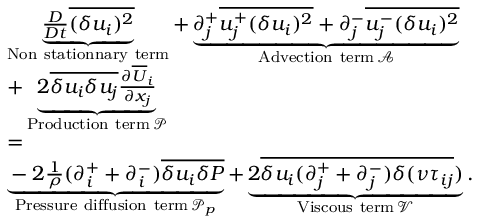
\begin{array} { r l r } & { \underbrace { \frac { D } { D t } \overline { { ( \delta u _ { i } ) ^ { 2 } } } } _ { \mathrm { N o n ~ s t a t i o n n a r y ~ t e r m } } + \underbrace { \partial _ { j } ^ { + } \overline { { u _ { j } ^ { + } ( \delta u _ { i } ) ^ { 2 } } } + \partial _ { j } ^ { - } \overline { { u _ { j } ^ { - } ( \delta u _ { i } ) ^ { 2 } } } } _ { \mathrm { A d v e c t i o n ~ t e r m } \, \mathcal { A } } } & \\ & { + \underbrace { 2 \overline { { \delta u _ { i } \delta u _ { j } } } \frac { \partial \overline { { U } } _ { i } } { \partial x _ { j } } } _ { \mathrm { P r o d u c t i o n ~ t e r m } \, \mathcal { P } } } & \\ & { = } & \\ & { \underbrace { - 2 \frac { 1 } { \rho } ( \partial _ { i } ^ { + } + \partial _ { i } ^ { - } ) \overline { { \delta u _ { i } \delta P } } } _ { \mathrm { P r e s s u r e ~ d i f f u s i o n ~ t e r m } \, { \mathcal P _ { p } } } + \underbrace { 2 \overline { { \delta u _ { i } ( \partial _ { j } ^ { + } + \partial _ { j } ^ { - } ) \delta ( \nu \tau _ { i j } } } ) } _ { \mathrm { V i s c o u s ~ t e r m } \, \mathcal { V } } . } & \end{array}